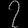
Digit: ၇